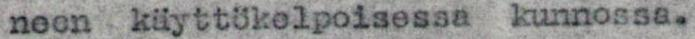
neen käyttökolpoisessa kunnossa.